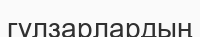
гүлзарлардың